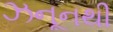
ઝનૂનથી